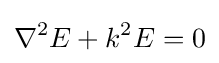
\nabla ^{2}E+k^{2}E=0